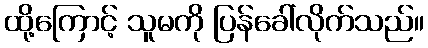
ထို့ကြောင့် သူမကို ပြန်ခေါ်လိုက်သည်။